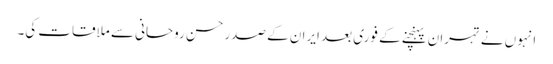
انہوں نے تہران پہنچنے کے فوری بعد ایران کے صدر حسن روحانی سے ملاقات کی۔